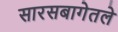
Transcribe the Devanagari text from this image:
सारसबागेतले